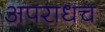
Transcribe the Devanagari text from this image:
अपराधच